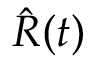
\hat { R } ( t )